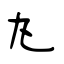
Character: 勼